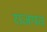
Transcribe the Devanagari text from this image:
राजपत